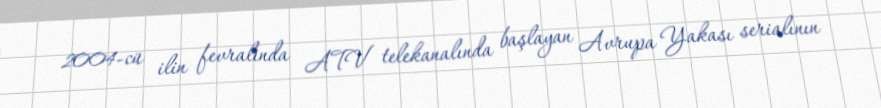
2004-cü ilin fevralında ATV telekanalında başlayan Avrupa Yakası serialının